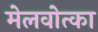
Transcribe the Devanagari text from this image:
मेलवोत्का